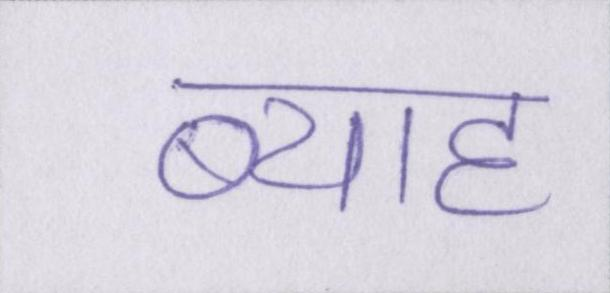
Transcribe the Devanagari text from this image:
ब्याह